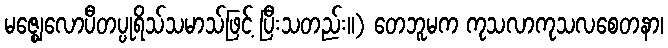
မဇ္ဈေလောပီတပ္ပုရိသ်သမာသ်ဖြင့် ပြီးသတည်း။) တေဘူမက ကုသလာကုသလစေတနာ၊